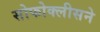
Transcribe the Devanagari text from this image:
सोफोक्लीसने